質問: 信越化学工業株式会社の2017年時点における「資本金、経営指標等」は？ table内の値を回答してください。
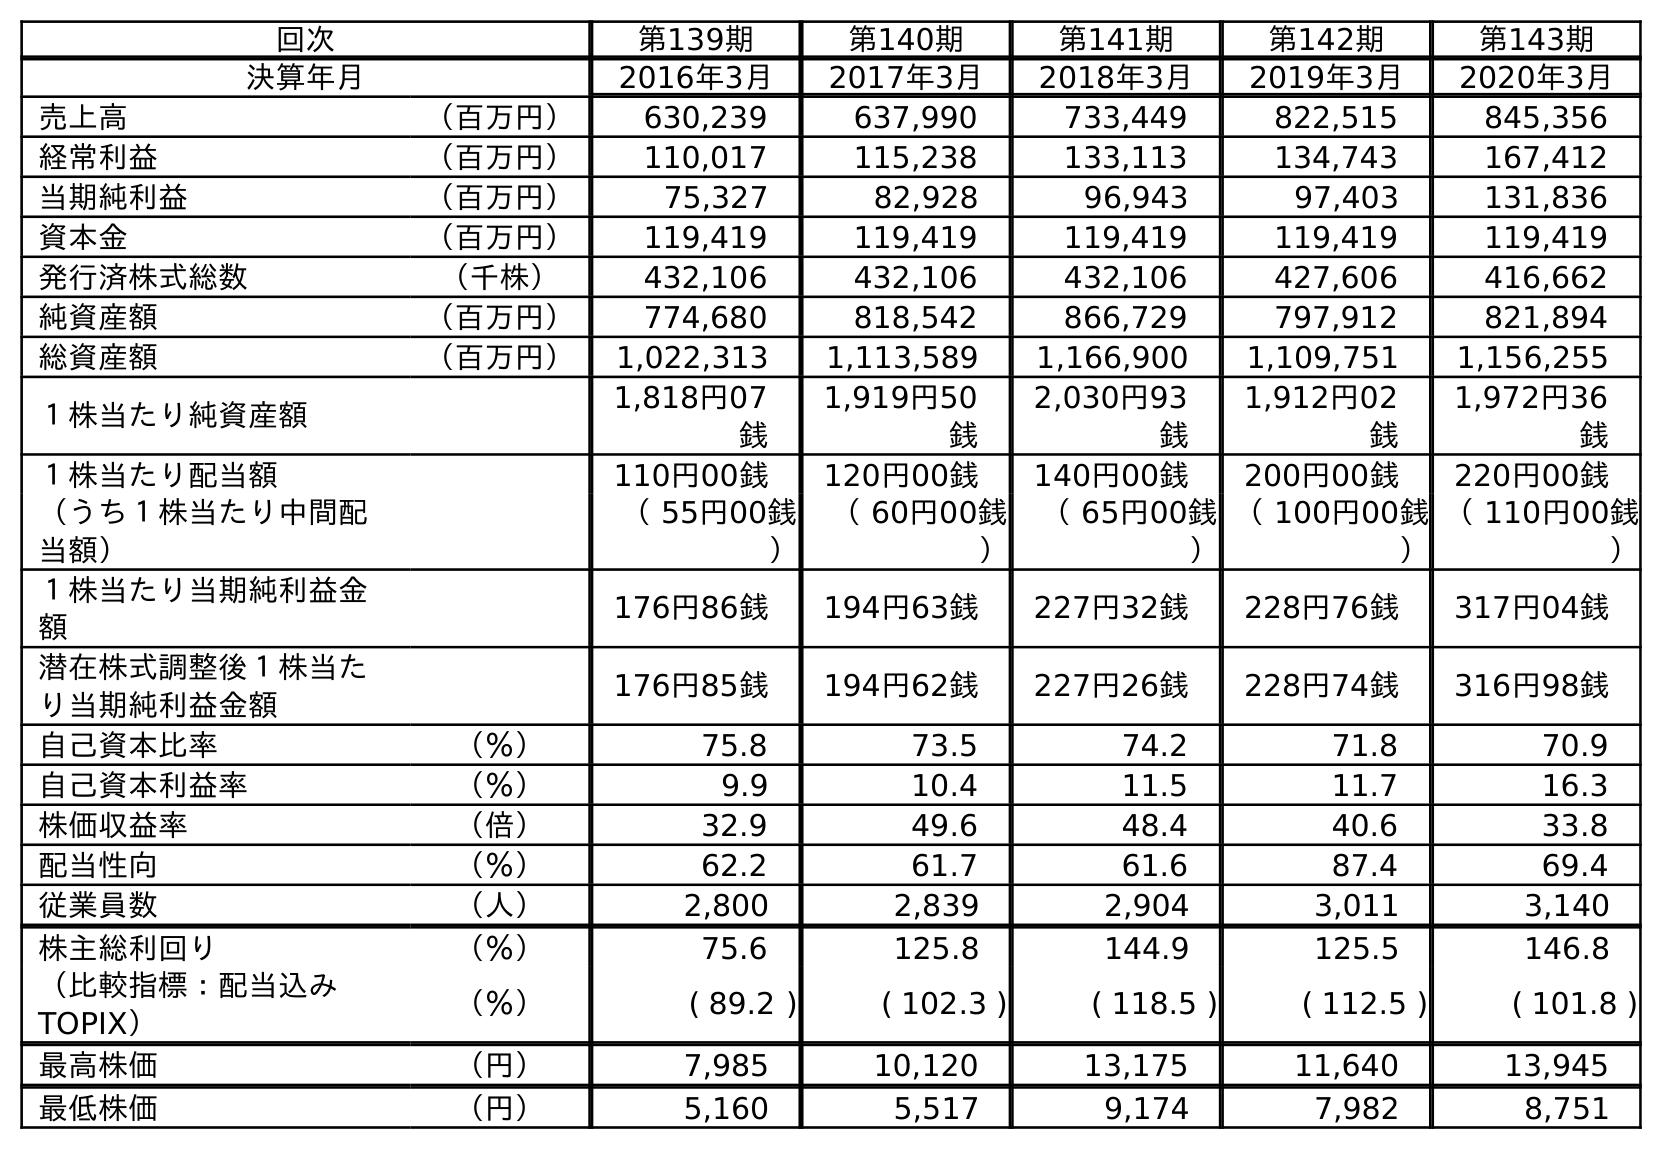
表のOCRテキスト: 回次 第139期 第140期 第141期 第142期 第143期 決算年月 2016年3月 2017年3月 2018年3月 2019年3月 2020年3月 売上高 （百万円） 630,239 637,990 733,449 822,515 845,356 経常利益 （百万円） 110,017 115,238 133,113 134,743 167,412 当期純利益 （百万円） 75,327 82,928 96,943 97,403 131,836 資本金 （百万円） 119,419 119,419 119,419 119,419 119,419 発行済株式総数 （千株） 432,106 432,106 432,106 427,606 416,662 純資産額 （百万円） 774,680 818,542 866,729 797,912 821,894 総資産額 （百万円） 1,022,313 1,113,589 1,166,900 1,109,751 1,156,255 １株当たり純資産額 1,818円07 銭 1,919円50 銭 2,030円93 銭 1,912円02 銭 1,972円36 銭 １株当たり配当額 110円00銭 120円00銭 140円00銭 200円00銭 220円00銭 （うち１株当たり中間配 当額） （ 55円00銭 ） （ 60円00銭 ） （ 65円00銭 ） （ 100円00銭 ） （ 110円00銭 ） １株当たり当期純利益金 額 176円86銭 194円63銭 227円32銭 228円76銭 317円04銭 潜在株式調整後１株当た り当期純利益金額 176円85銭 194円62銭 227円26銭 228円74銭 316円98銭 自己資本比率 （％） 75.8 73.5 74.2 71.8 70.9 自己資本利益率 （％） 9.9 10.4 11.5 11.7 16.3 株価収益率 （倍） 32.9 49.6 48.4 40.6 33.8 配当性向 （％） 62.2 61.7 61.6 87.4 69.4 従業員数 （人） 2,800 2,839 2,904 3,011 3,140 株主総利回り （％） 75.6 125.8 144.9 125.5 146.8 （比較指標：配当込み TOPIX） （％） ( 89.2 ) ( 102.3 ) ( 118.5 ) ( 112.5 ) ( 101.8 ) 最高株価 （円） 7,985 10,120 13,175 11,640 13,945 最低株価 （円） 5,160 5,517 9,174 7,982 8,751
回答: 119,419